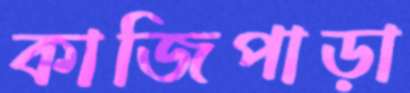
কাজিপাড়া